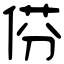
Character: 𠊠